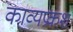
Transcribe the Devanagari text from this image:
काव्यप्रकश